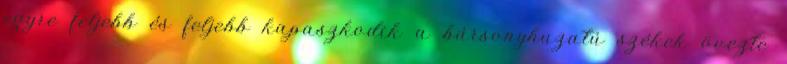
egyre feljebb és feljebb kapaszkodik a bársonyhuzatú székek övezte